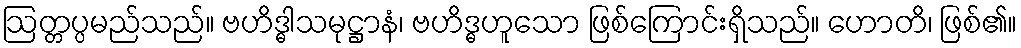
ဩတ္တပ္ပမည်သည်။ ဗဟိဒ္ဓါသမုဋ္ဌာနံ၊ ဗဟိဒ္ဓဟူသော ဖြစ်ကြောင်းရှိသည်။ ဟောတိ၊ ဖြစ်၏။